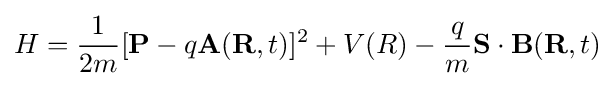
H={\frac {1}{2m}}[\mathbf {P} -q\mathbf {A} (\mathbf {R} ,t)]^{2}+V(R)-{\frac {q}{m}}\mathbf {S} \cdot \mathbf {B} (\mathbf {R} ,t)